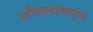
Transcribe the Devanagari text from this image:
अनिरुद्धबापूंचे